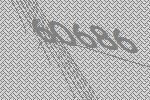
60686